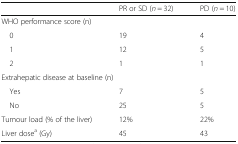
<table><thead><tr><td></td><td><b>PR or SD (<i>n</i> = 32)</b></td><td><b>PD (<i>n</i> = 10)</b></td></tr></thead><tbody><tr><td colspan="3">WHO performance score (n)</td></tr><tr><td> 0</td><td>19</td><td>4</td></tr><tr><td> 1</td><td>12</td><td>5</td></tr><tr><td> 2</td><td>1</td><td>1</td></tr><tr><td colspan="3">Extrahepatic disease at baseline (n)</td></tr><tr><td> Yes</td><td>7</td><td>5</td></tr><tr><td> No</td><td>25</td><td>5</td></tr><tr><td>Tumour load (% of the liver)</td><td>12%</td><td>22%</td></tr><tr><td>Liver dose<sup>a</sup> (Gy)</td><td>45</td><td>43</td></tr></tbody></table>